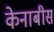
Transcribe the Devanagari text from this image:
केनाबीस